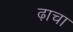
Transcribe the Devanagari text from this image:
ढ़ाचा